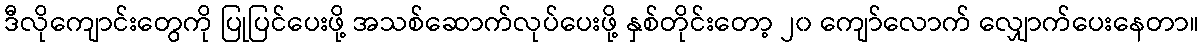
ဒီလိုကျောင်းတွေကို ပြုပြင်ပေးဖို့ အသစ်ဆောက်လုပ်ပေးဖို့ နှစ်တိုင်းတော့ ၂၀ ကျော်လောက် လျှောက်ပေးနေတာ။